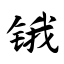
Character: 锇